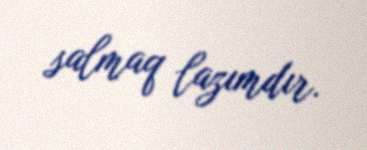
salmaq lazımdır.